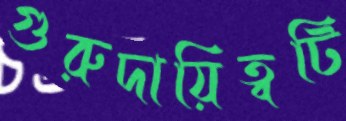
গুরুদায়িত্বটি